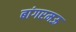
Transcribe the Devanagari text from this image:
बांगरमऊ